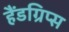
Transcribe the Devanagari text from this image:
हैंडग्रिप्स